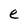
Character: e